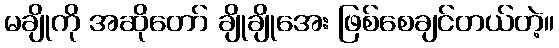
မချိုကို အဆိုတော် ချိုချိုအေး ဖြစ်စေချင်တယ်တဲ့။